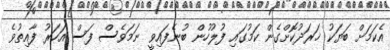
އެކަމަށް ބަޔަކު ޚަރަދުކޮށްގެން ކަމުގައި ފުލުހުން ބުނެފައިވީ ނަމަވެސް ފަސް އަހަރު ފާއިތުވެ